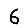
Digit: 6